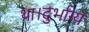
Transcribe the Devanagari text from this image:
था।दुर्भाग्य